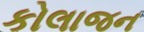
કોલાજન